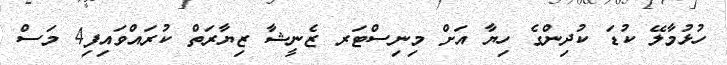
ހުޅުމާލޭ ކުޑަ ކުދިންގެ ހިޔާ އަށް މިނިސްޓަރ ޒެނީޝާ ޒިޔާރަތް ކުރައްވައިފި4 މަސް